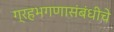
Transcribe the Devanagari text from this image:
ग्रहभगणासंबंधीचे